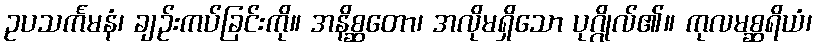
ဥပသင်္ကမနံ၊ ချဉ်းကပ်ခြင်းကို။ အနိစ္ဆတော၊ အလိုမရှိသော ပုဂ္ဂိုလ်၏။ ကုလမစ္ဆရိယံ၊